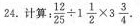
24.,计算： $$\frac { 1 2 } { 2 5 } \div 1